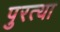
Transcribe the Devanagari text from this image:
पुरत्या